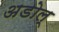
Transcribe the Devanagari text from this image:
अडोल्